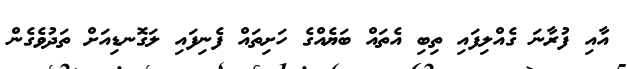
އާއި ފުރާނަ ގެއްލިފައި ތިބި އެތައް ބަޔެއްގެ ހަށިތައް ފެނިފައި ލަގޮނޑިއަށް ތަދުވެގެން